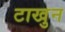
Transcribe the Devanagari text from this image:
टाखुन